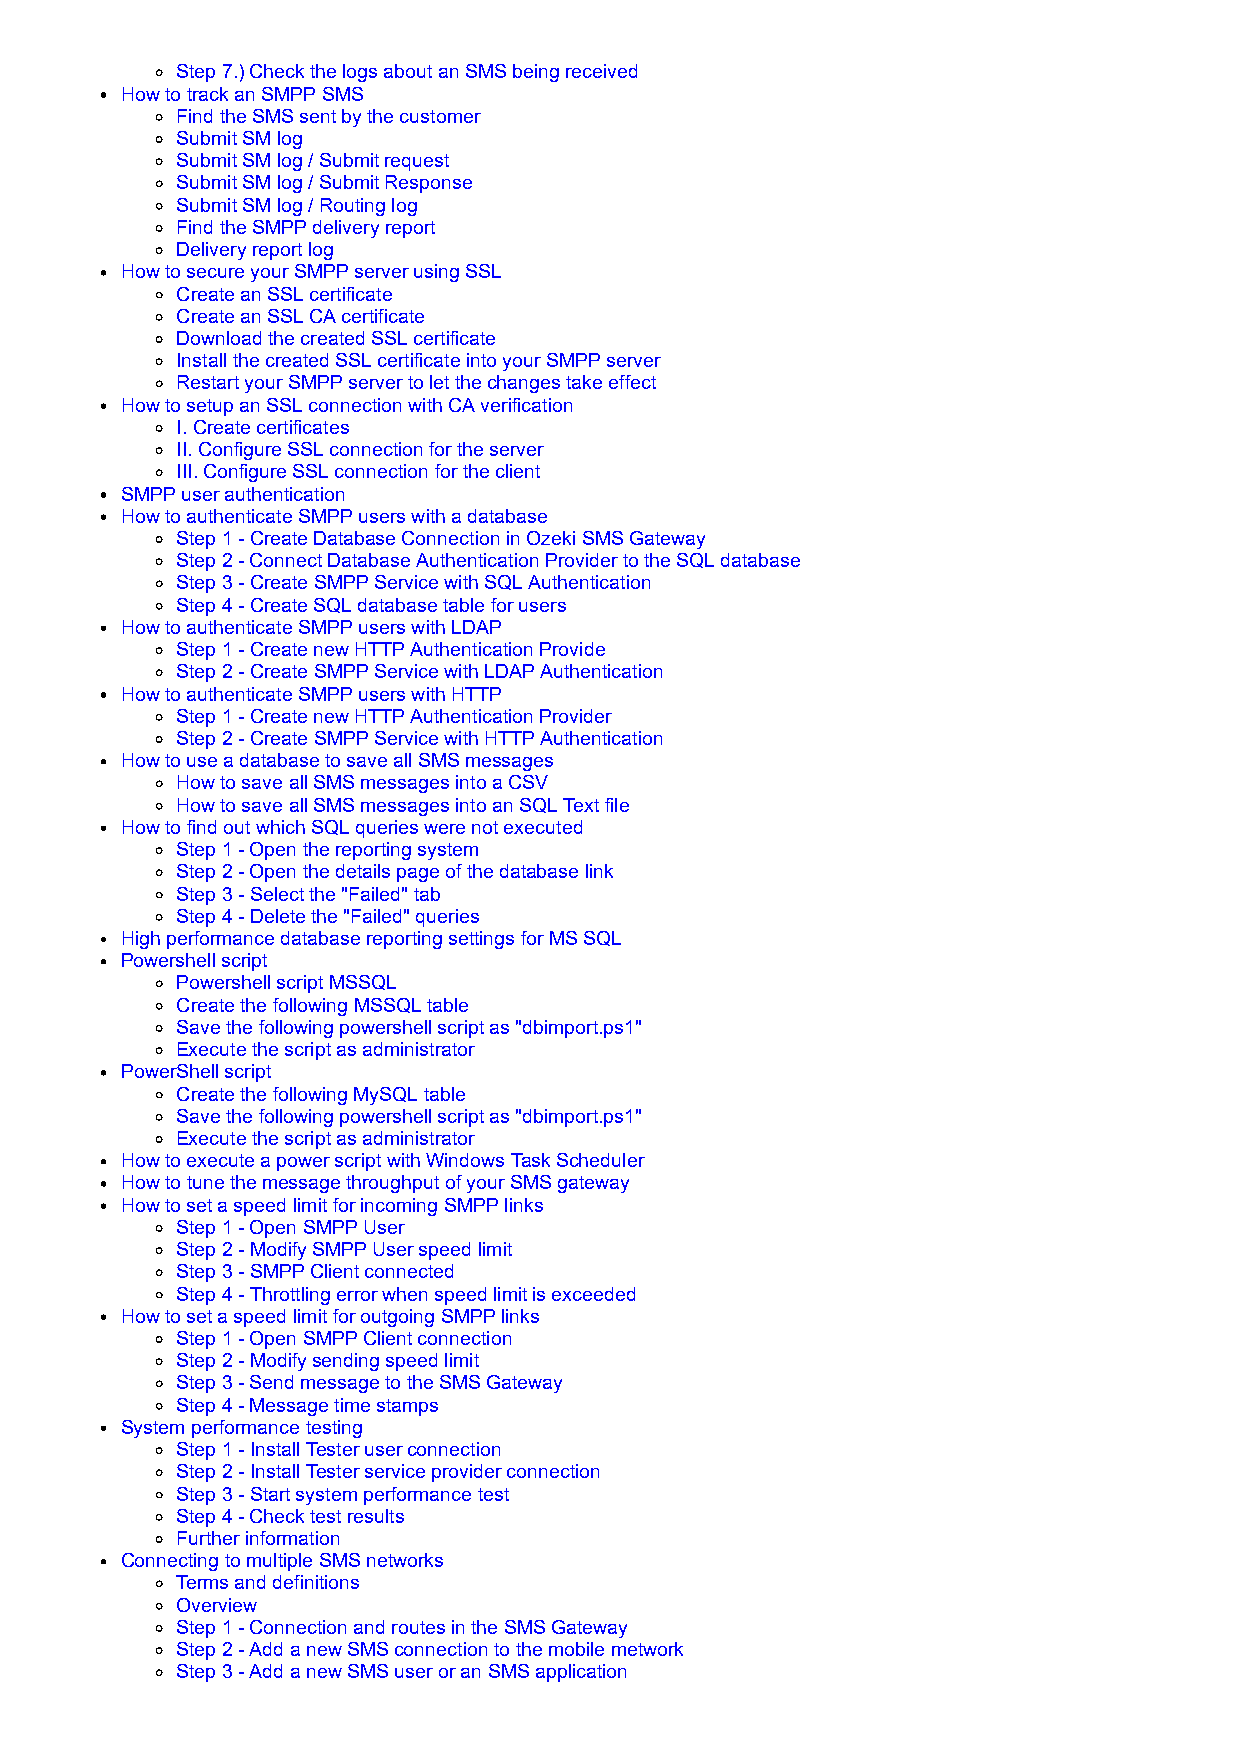
Step 7.) Check the logs about an SMS being received
 How to track an SMPP SMS
 Find the SMS sent by the customer
 Submit SM log
 Submit SM log / Submit request
 Submit SM log / Submit Response
 Submit SM log / Routing log
 Find the SMPP delivery report
 Delivery report log
 How to secure your SMPP server using SSL
 Create an SSL certificate
 Create an SSL CA certificate
 Download the created SSL certificate
 Install the created SSL certificate into your SMPP server
 Restart your SMPP server to let the changes take effect
 How to setup an SSL connection with CA verification
 I. Create certificates
 II. Configure SSL connection for the server
 III. Configure SSL connection for the client
 SMPP user authentication
 How to authenticate SMPP users with a database
 Step 1 - Create Database Connection in Ozeki SMS Gateway
 Step 2 - Connect Database Authentication Provider to the SQL database
 Step 3 - Create SMPP Service with SQL Authentication
 Step 4 - Create SQL database table for users
 How to authenticate SMPP users with LDAP
 Step 1 - Create new HTTP Authentication Provide
 Step 2 - Create SMPP Service with LDAP Authentication
 How to authenticate SMPP users with HTTP
 Step 1 - Create new HTTP Authentication Provider
 Step 2 - Create SMPP Service with HTTP Authentication
 How to use a database to save all SMS messages
 How to save all SMS messages into a CSV
 How to save all SMS messages into an SQL Text file
 How to find out which SQL queries were not executed
 Step 1 - Open the reporting system
 Step 2 - Open the details page of the database link
 Step 3 - Select the "Failed" tab
 Step 4 - Delete the "Failed" queries
 High performance database reporting settings for MS SQL
 Powershell script
 Powershell script MSSQL
 Create the following MSSQL table
 Save the following powershell script as "dbimport.ps1"
 Execute the script as administrator
 PowerShell script
 Create the following MySQL table
 Save the following powershell script as "dbimport.ps1"
 Execute the script as administrator
 How to execute a power script with Windows Task Scheduler
 How to tune the message throughput of your SMS gateway
 How to set a speed limit for incoming SMPP links
 Step 1 - Open SMPP User
 Step 2 - Modify SMPP User speed limit
 Step 3 - SMPP Client connected
 Step 4 - Throttling error when speed limit is exceeded
 How to set a speed limit for outgoing SMPP links
 Step 1 - Open SMPP Client connection
 Step 2 - Modify sending speed limit
 Step 3 - Send message to the SMS Gateway
 Step 4 - Message time stamps
 System performance testing
 Step 1 - Install Tester user connection
 Step 2 - Install Tester service provider connection
 Step 3 - Start system performance test
 Step 4 - Check test results
 Further information
 Connecting to multiple SMS networks
 Terms and definitions
 Overview
 Step 1 - Connection and routes in the SMS Gateway
 Step 2 - Add a new SMS connection to the mobile metwork
 Step 3 - Add a new SMS user or an SMS application